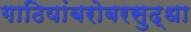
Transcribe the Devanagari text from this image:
गाठियांबरोबरसुद्धा